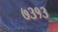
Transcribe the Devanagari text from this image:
७३१३